Vaccination report Assam 1896-1927 - 1896-1927
Year: 1896
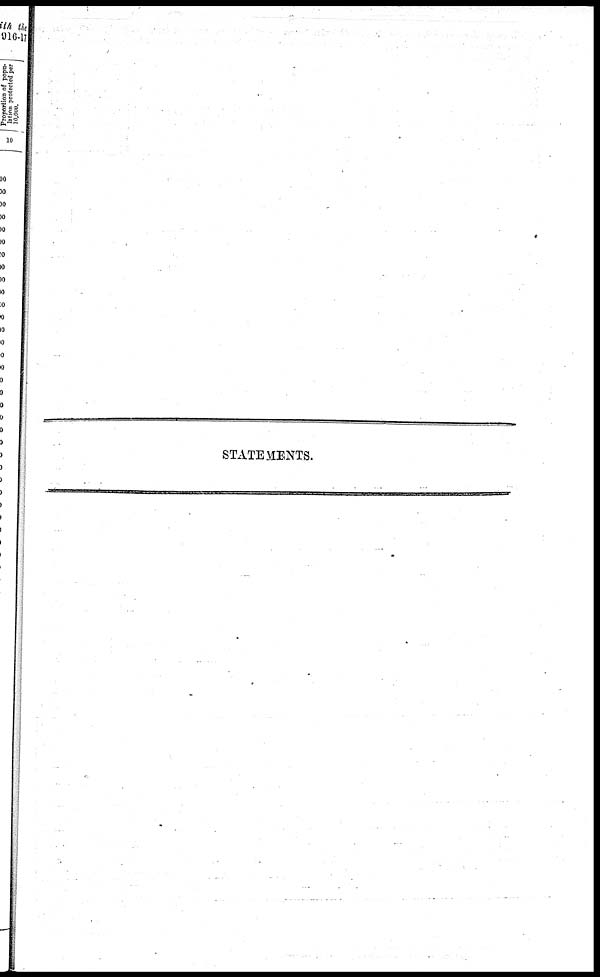
STATEMENTS.